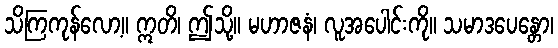
သိကြကုန်လော့။ ဣတိ၊ ဤသို့။ မဟာဇနံ၊ လူအပေါင်းကို။ သမာဒပေန္တော၊